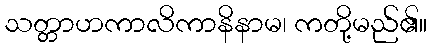
သတ္တာဟကာလိကာနိနာမ၊ ကတို့မည်၏။